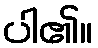
ပါ၏။